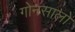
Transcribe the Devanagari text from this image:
गोनसालो